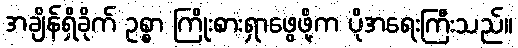
အချိန်ရှိခိုက် ဥစ္စာ ကြိုးစားရှာဖွေဖို့က ပိုအရေးကြီးသည်။